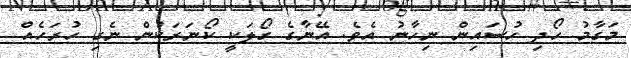
މަގާމު ހޯދި ހުސައިން ނިހާނު އެވެ. އޭނާގެ ގޯލަކީ ކޯނަރަކުން ނެގި ހުރަހެއް